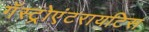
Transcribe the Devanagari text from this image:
गॅस्ट्रोएंटरायटिस